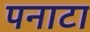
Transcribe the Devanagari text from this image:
पनाटा